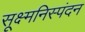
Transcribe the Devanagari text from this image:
सूक्ष्मनिस्पंदन